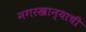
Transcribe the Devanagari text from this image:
नगरखान्याची